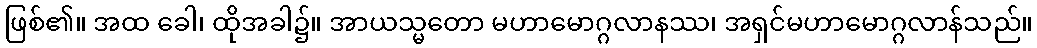
ဖြစ်၏။ အထ ခေါ၊ ထိုအခါ၌။ အာယသ္မတော မဟာမောဂ္ဂလာနဿ၊ အရှင်မဟာမောဂ္ဂလာန်သည်။